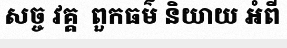
សច្ច វគ្គ  ពួកធម៌ និយាយ អំពី